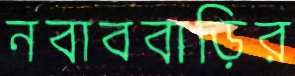
নবাববাড়ির